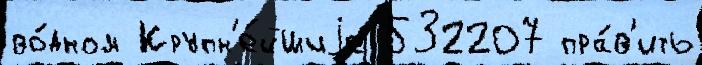
во́дном Крупн'е́йшиjе 532207 пра́в'ить